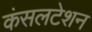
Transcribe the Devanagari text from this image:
कंसलटेशन